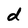
Character: d